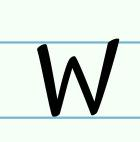
w